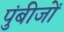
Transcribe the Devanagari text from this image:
पुंबीजों